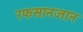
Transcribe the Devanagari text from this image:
रफसानजान